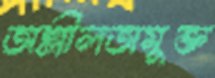
অশ্লীলতামুক্ত